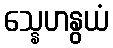
သ္နေဟနွယံ